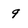
Character: 9